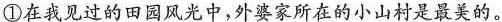
①在我见过的田园风光中，外婆家所在的小山村是最美的。